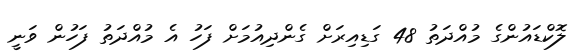
ލޮކްޑައުންގެ މުއްދަތު 48 ގަޑިއިރަށް ގެންދިއުމަށް ފަހު އެ މުއްދަތު ފަހުން ވަނީ